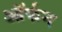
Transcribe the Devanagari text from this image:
ऑर्फन